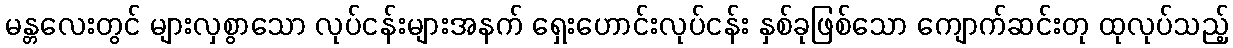
မန္တလေးတွင် များလှစွာသော လုပ်ငန်းများအနက် ရှေးဟောင်းလုပ်ငန်း နှစ်ခုဖြစ်သော ကျောက်ဆင်းတု ထုလုပ်သည့်